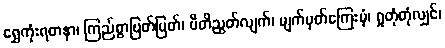
ရွှေကုံးရတနာ၊ ကြည်စွာပြတ်ပြတ်၊ ပီတိညွတ်လျက်၊ မျက်မှတ်ကြေးမုံ၊ ရှုတုံတုံလျှင်၊